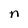
Character: n